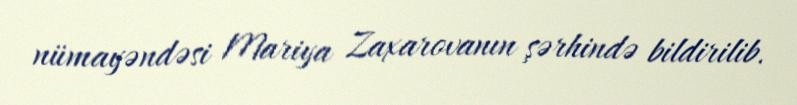
nümayəndəsi Mariya Zaxarovanın şərhində bildirilib.